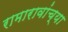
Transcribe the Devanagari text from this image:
रामारावांच्या